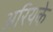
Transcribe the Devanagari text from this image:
अरियके